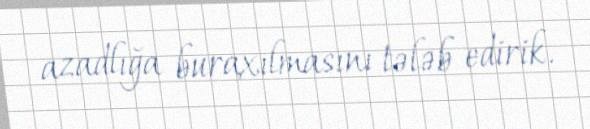
azadlığa buraxılmasını tələb edirik.